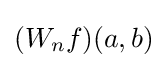
(W_{n}f)(a,b)